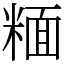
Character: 糆